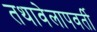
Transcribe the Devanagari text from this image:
तथावेलापवर्ती